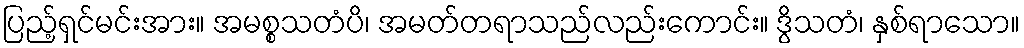
ပြည့်ရှင်မင်းအား။ အမစ္စသတံပိ၊ အမတ်တရာသည်လည်းကောင်း။ ဒွိသတံ၊ နှစ်ရာသော။